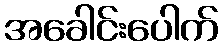
အခေါင်းပေါက်